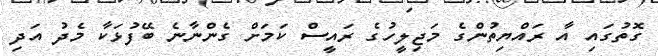
ގޮތުގައި އާ ރައްޔިތުންގެ މަޖިލީހުގެ ރައީސް ކަމަށް ގެންނާނެ ބޭފުޅަކާ މެދު އަދި